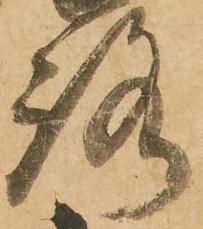
路